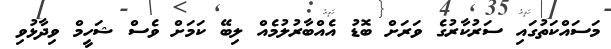
މަސައްކަތުގައި ސަރުކާރުގެ ވަރަށް ބޮޑު އެއްބާރުލުމެއް ލިބޭ ކަމަށް ވެސް ޝަހީމް ވިދާޅުވި